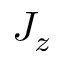
J _ { z }